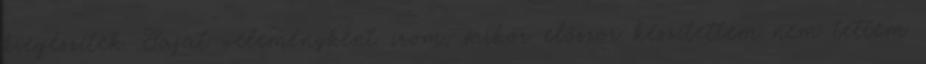
kiegészítek. Saját véleményként írom, mikor először készítettem nem tettem